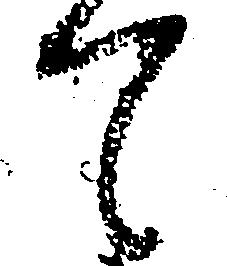
て